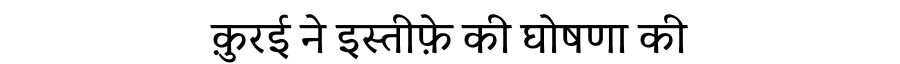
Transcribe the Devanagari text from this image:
क़ुरई ने इस्तीफ़े की घोषणा की